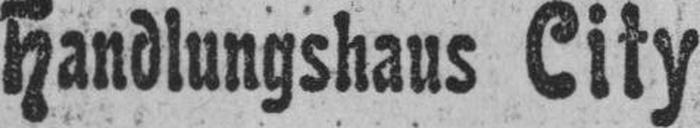
Handlungshaus City